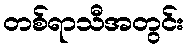
တစ်ရာသီအတွင်း